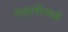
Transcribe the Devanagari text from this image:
मलावीमध्ये